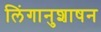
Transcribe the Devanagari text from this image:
लिंगानुशाषन